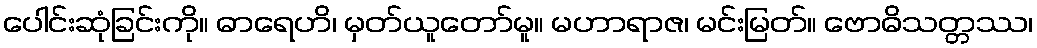
ပေါင်းဆုံခြင်းကို။ ဓာရေဟိ၊ မှတ်ယူတော်မူ။ မဟာရာဇ၊ မင်းမြတ်။ ဗောဓိသတ္တဿ၊